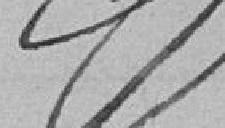
????